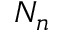
N _ { n }